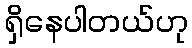
ရှိနေပါတယ်ဟု